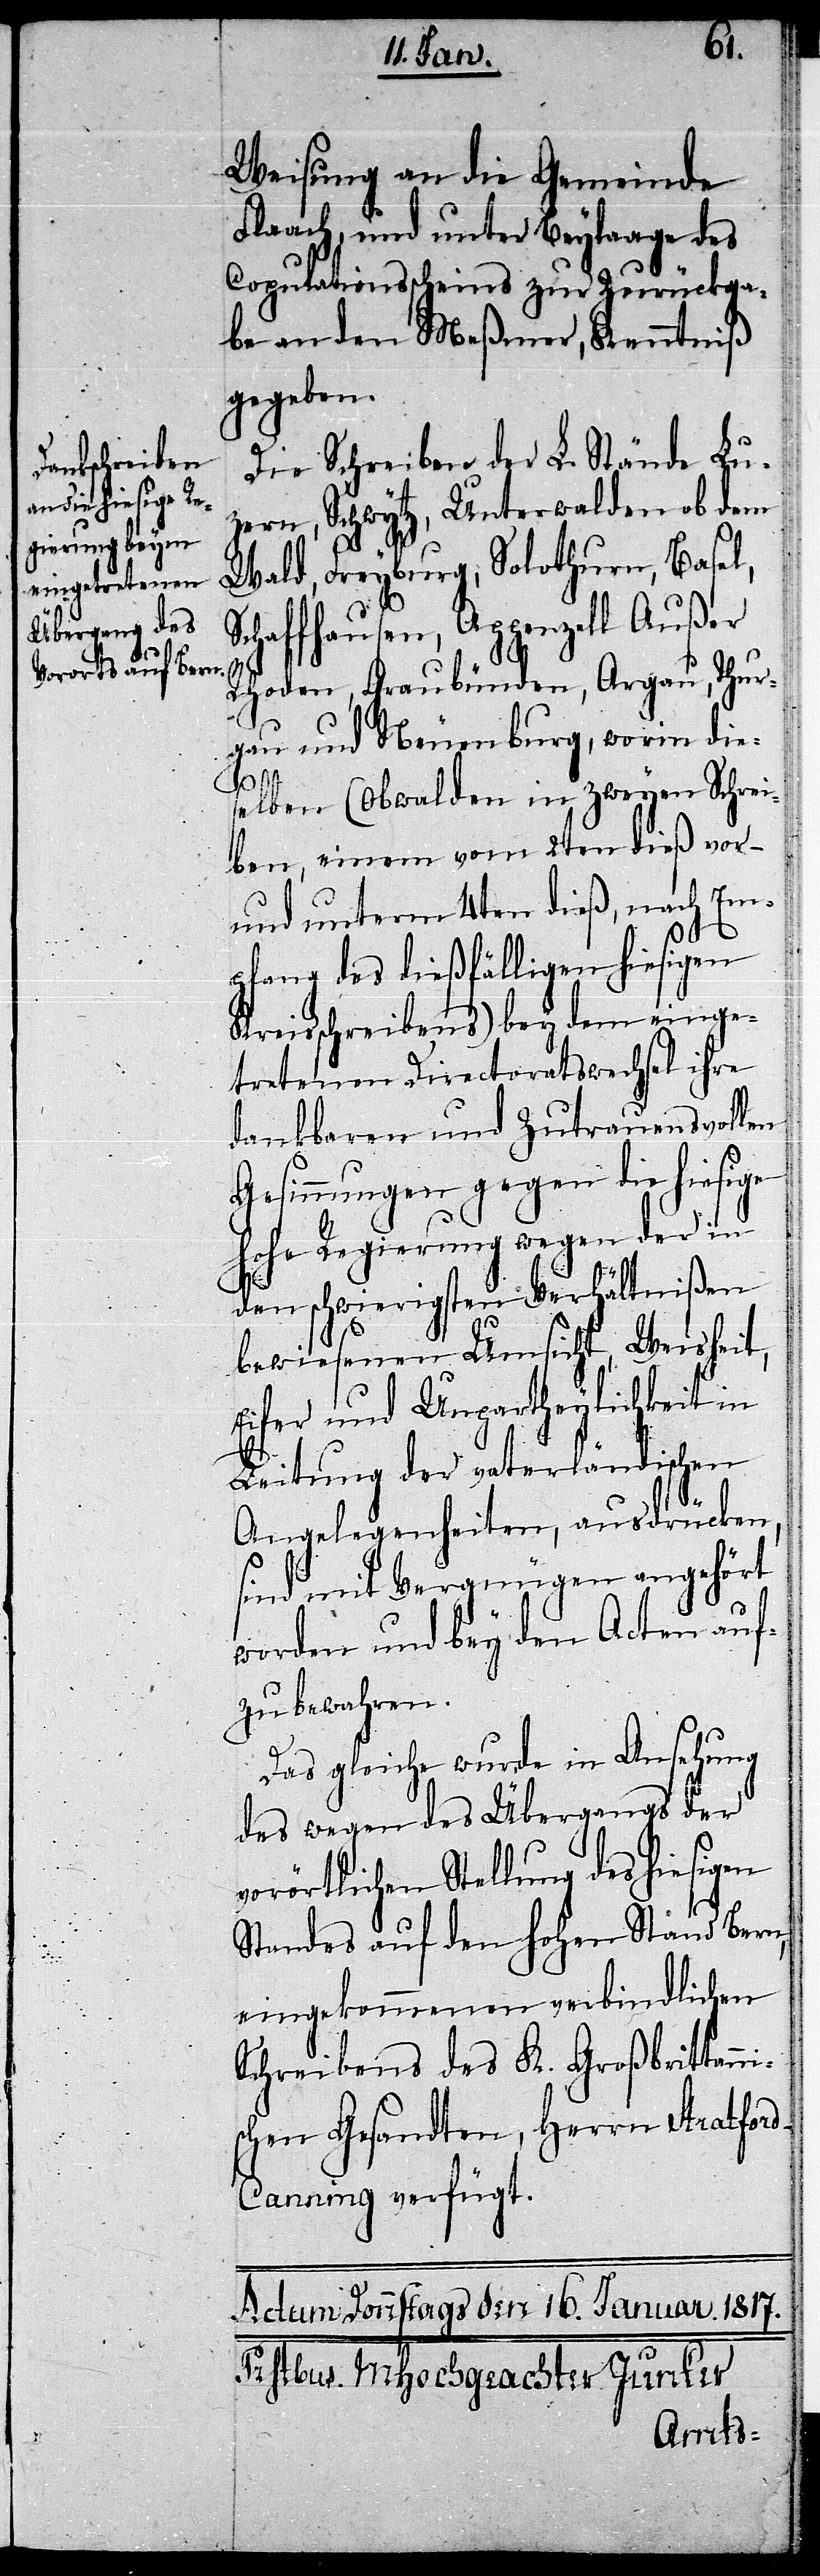
Weisung an die Gemeinde
Flaach, und unter Beylaage des
Copulationsscheins zur Zurückga¬
be an den Meßmer, Kenntniß
gegeben.
Die Schreiben der L. Stände Lu¬
zern, Schwytz, Unterwalden ob dem
Wald, Freyburg, Solothurn, Basel,
chaffhausen, Appenzell Außer
Rhoden, Graubünden, Argau, Thur¬
gau und Neuenburg, worin dies¬
is¬
elben (Obwalden in zweyen Schrei¬
ben, einem vom 2ten dieß vor-
und unterm 4ten dieß, nach Em¬
pfang des dießfälligen hiesigen
Kreisschreibens) bey dem einge¬
tretenen Directoratswechsel ihre
dankbaren und zutrauensvollen
Gesinnungen gegen die hiesige
hohe Regierung wegen der in
den schwierigsten Verhältnißen
bewiesenen Umsicht, Weisheit,
Eifer und Unpartheylichkeit in
Leitung der vaterländischen
Angelegenheiten, ausdrücken,
sind mit Vergnügen angehört
worden und bey den Acten auf¬
zubewahren.
Das gleiche wurde in Ansehung
des wegen des Übergangs der
vorörtlichen Stellung des hiesigen
Standes auf den hohen Stand Bern,
eingekommenen verbindlichen
Schreibens des K. Großbrittann¬
chen Gesandten, Herrn Stratfor¬
d-Canning verfügt.